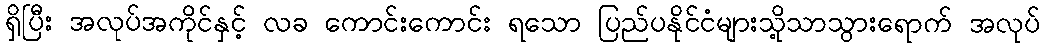
ရှိပြီး အလုပ်အကိုင်နှင့် လခ ကောင်းကောင်း ရသော ပြည်ပနိုင်ငံများသို့သာသွားရောက် အလုပ်